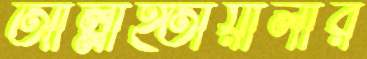
আল্লাহ্তায়ালার